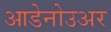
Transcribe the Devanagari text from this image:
आडेनोउअर